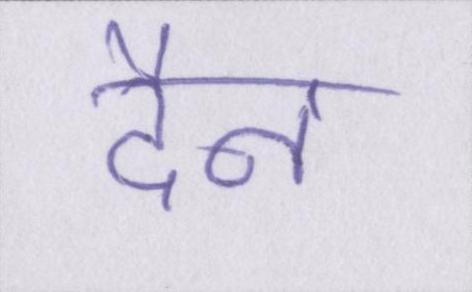
दैन